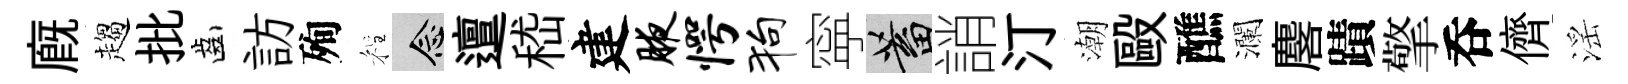
廐趨批齒訪殉程念邅嵇建腋愕狗寜蓄誚汀潮毆醮瀾麐蹟擎呑儕滛